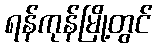
ရန်ကုန်မြို့တွင်